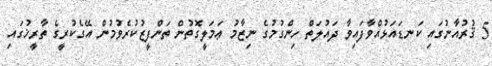
5 ޤުރުއާނުގައި ކަނޑައަޅުއްވާފައިވާ ދައުލަތް ހިންގުމުގެ ނިޒާމު ޢަމަލީގޮތުން ތަންފީޒުކުރެވުމުން އޭގެކުރީގެ ތާރީޚުގައި